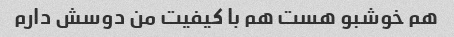
هم خوشبو هست هم با کیفیت من دوسش دارم